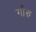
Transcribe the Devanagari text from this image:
गौरु